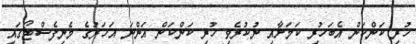
ހުރި ކަންކަން އެބަހުރި ކަމަށާއި ނުކުރެވި ހުރި ކަންކަން އަންނަ އަހަރުގެ މެނިފެސްޓޯގައި